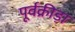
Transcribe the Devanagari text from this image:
पूर्वक्रीड़ा